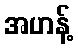
အဟန့်